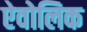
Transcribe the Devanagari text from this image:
ऐवोलिक